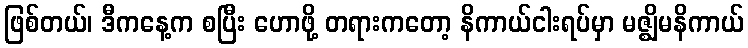
ဖြစ်တယ်၊ ဒီကနေ့က စပြီး ဟောဖို့ တရားကတော့ နိကာယ်ငါးရပ်မှာ မဇ္ဈိမနိကာယ်